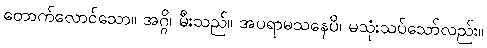
တောက်လောင်သော။ အဂ္ဂိ၊ မီးသည်။ အပရာမသနေပိ၊ မသုံးသပ်သော်လည်း။